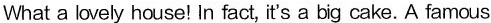
What a lovely house! In fact, it's a big cake. A famous